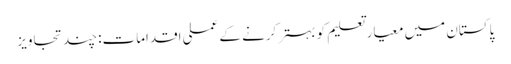
پاکستان میں معیار تعلیم کو بہتر کرنے کے عملی اقدامات: چند تجاویز